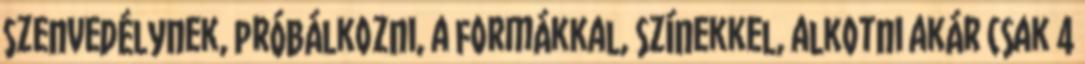
szenvedélynek, próbálkozni, a formákkal, színekkel, alkotni akár csak 4